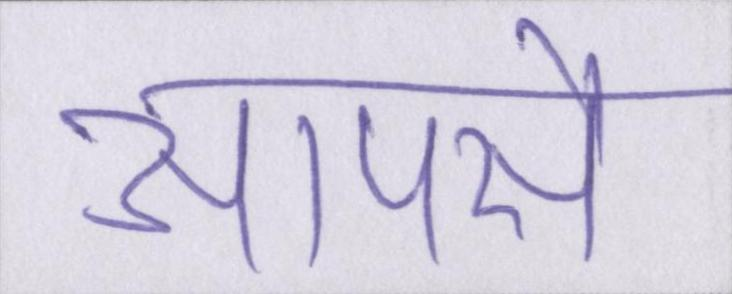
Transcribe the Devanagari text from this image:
आपसे